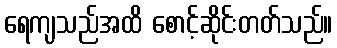
ရေကျသည်အထိ စောင့်ဆိုင်းတတ်သည်။